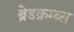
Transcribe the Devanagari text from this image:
ब्रेडक्रम्ब्स